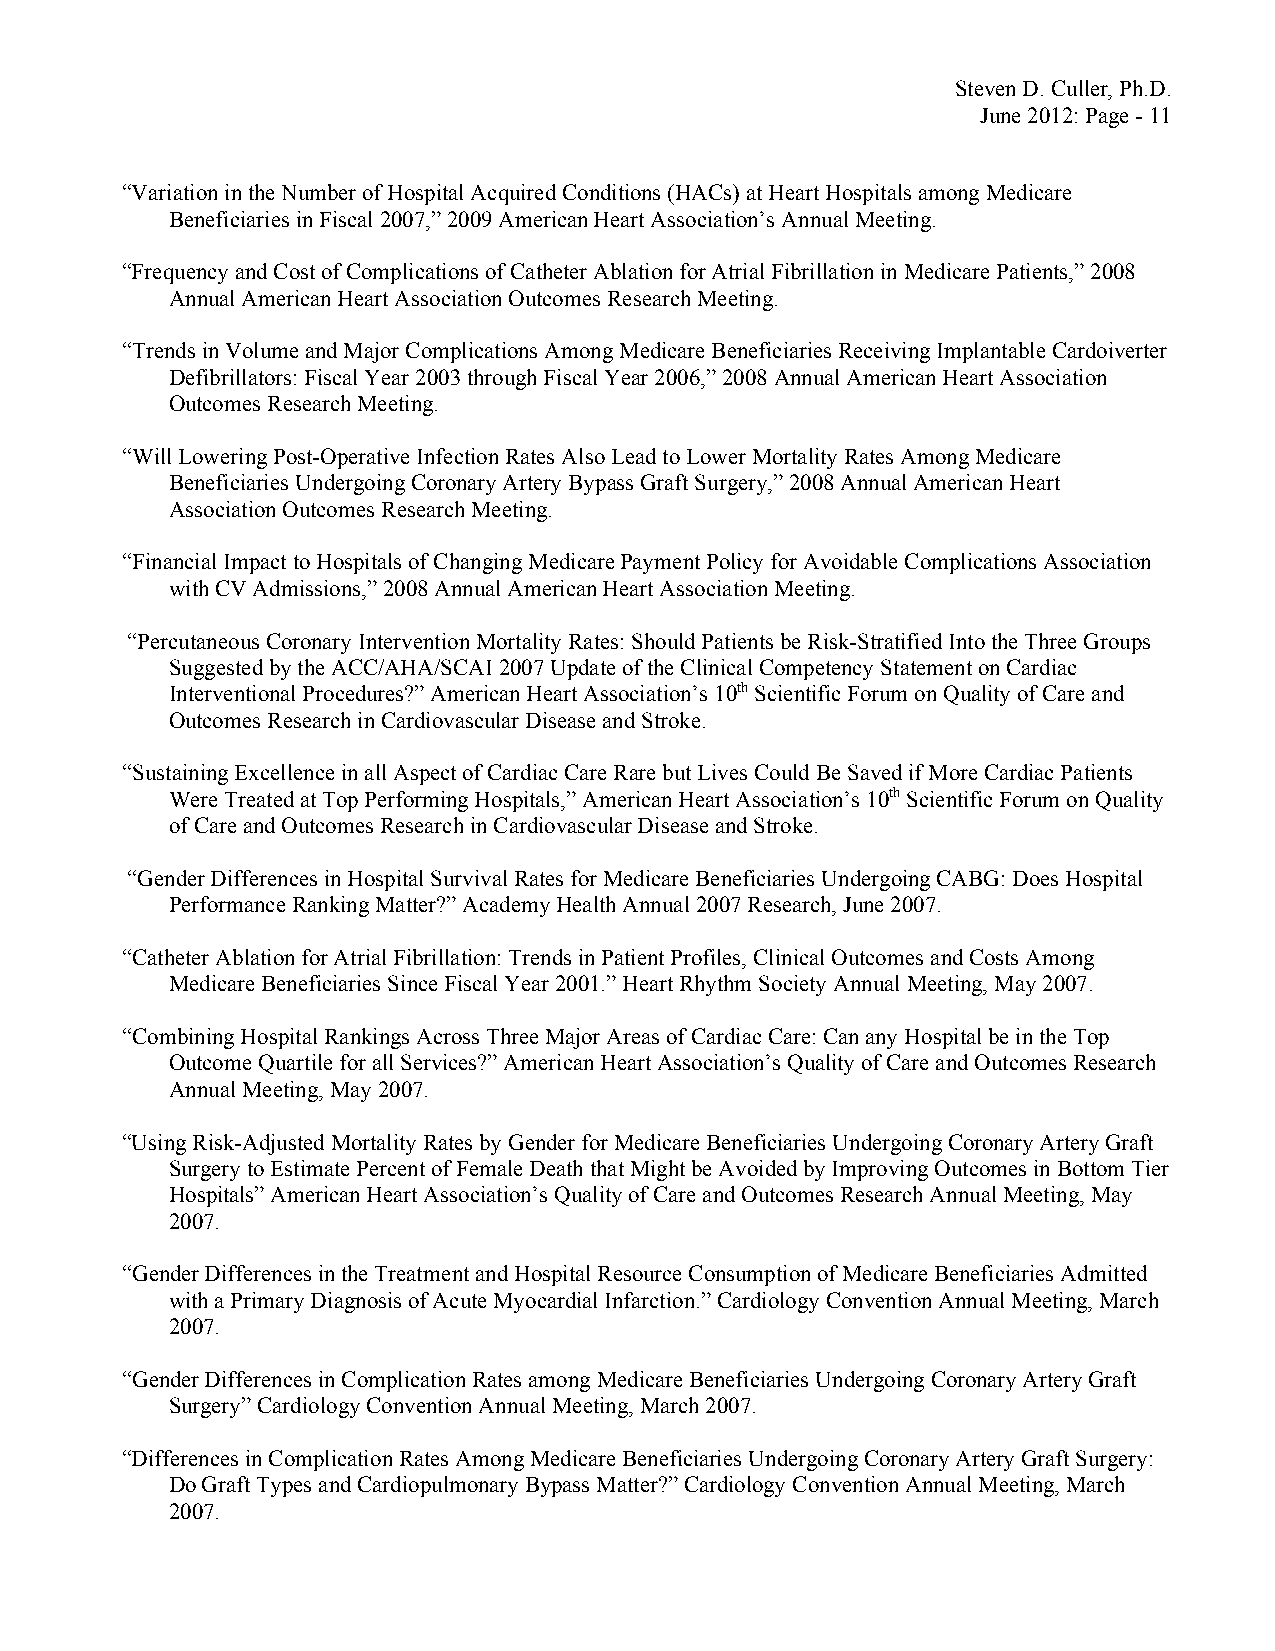
Steven D. Culler, Ph.D.
 June 2012: Page - 11
 “Variation in the Number of Hospital Acquired Conditions (HACs) at Heart Hospitals among Medicare
 Beneficiaries in Fiscal 2007,” 2009 American Heart Association’s Annual Meeting.
 “Frequency and Cost of Complications of Catheter Ablation for Atrial Fibrillation in Medicare Patients,” 2008
 Annual American Heart Association Outcomes Research Meeting.
 “Trends in Volume and Major Complications Among Medicare Beneficiaries Receiving Implantable Cardoiverter
 Defibrillators: Fiscal Year 2003 through Fiscal Year 2006,” 2008 Annual American Heart Association
 Outcomes Research Meeting.
 “Will Lowering Post-Operative Infection Rates Also Lead to Lower Mortality Rates Among Medicare
 Beneficiaries Undergoing Coronary Artery Bypass Graft Surgery,” 2008 Annual American Heart
 Association Outcomes Research Meeting.
 “Financial Impact to Hospitals of Changing Medicare Payment Policy for Avoidable Complications Association
 with CV Admissions,” 2008 Annual American Heart Association Meeting.
 “Percutaneous Coronary Intervention Mortality Rates: Should Patients be Risk-Stratified Into the Three Groups
 Suggested by the ACC/AHA/SCAI 2007 Update of the Clinical Competency Statement on Cardiac
 Interventional Procedures?” American Heart Association’s 10th Scientific Forum on Quality of Care and
 Outcomes Research in Cardiovascular Disease and Stroke.
 “Sustaining Excellence in all Aspect of Cardiac Care Rare but Lives Could Be Saved if More Cardiac Patients
 Were Treated at Top Performing Hospitals,” American Heart Association’s 10th Scientific Forum on Quality
 of Care and Outcomes Research in Cardiovascular Disease and Stroke.
 “Gender Differences in Hospital Survival Rates for Medicare Beneficiaries Undergoing CABG: Does Hospital
 Performance Ranking Matter?” Academy Health Annual 2007 Research, June 2007.
 “Catheter Ablation for Atrial Fibrillation: Trends in Patient Profiles, Clinical Outcomes and Costs Among
 Medicare Beneficiaries Since Fiscal Year 2001.” Heart Rhythm Society Annual Meeting, May 2007.
 “Combining Hospital Rankings Across Three Major Areas of Cardiac Care: Can any Hospital be in the Top
 Outcome Quartile for all Services?” American Heart Association’s Quality of Care and Outcomes Research
 Annual Meeting, May 2007.
 “Using Risk-Adjusted Mortality Rates by Gender for Medicare Beneficiaries Undergoing Coronary Artery Graft
 Surgery to Estimate Percent of Female Death that Might be Avoided by Improving Outcomes in Bottom Tier
 Hospitals” American Heart Association’s Quality of Care and Outcomes Research Annual Meeting, May
 2007.
 “Gender Differences in the Treatment and Hospital Resource Consumption of Medicare Beneficiaries Admitted
 with a Primary Diagnosis of Acute Myocardial Infarction.” Cardiology Convention Annual Meeting, March
 2007.
 “Gender Differences in Complication Rates among Medicare Beneficiaries Undergoing Coronary Artery Graft
 Surgery” Cardiology Convention Annual Meeting, March 2007.
 “Differences in Complication Rates Among Medicare Beneficiaries Undergoing Coronary Artery Graft Surgery:
 Do Graft Types and Cardiopulmonary Bypass Matter?” Cardiology Convention Annual Meeting, March
 2007.